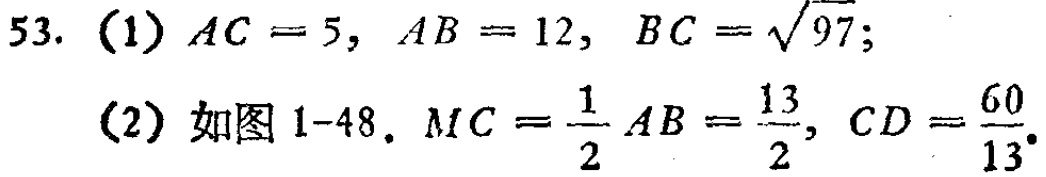
53. (1) \(AC = 5\), \(AB = 12\), \(BC=\sqrt{97}\);

(2) 如图1-48. \(MC=\frac{1}{2}AB=\frac{13}{2}\), \(CD = \frac{60}{13}\).